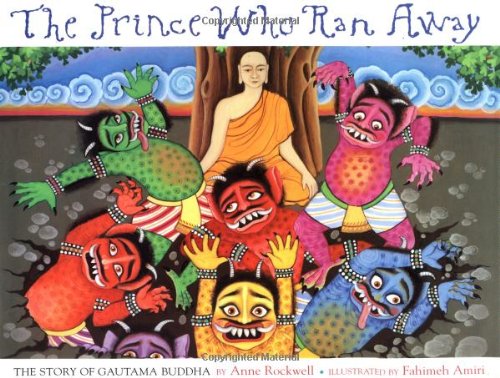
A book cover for The Prince Who Ran Away: The Story Of Gautama Buddha; Anne Rockwell; Children's Books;